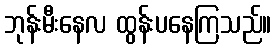
ဘုန်းမီးနေလ ထွန်းပနေကြသည်။